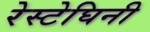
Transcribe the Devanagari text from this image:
रेस्टेघिनी